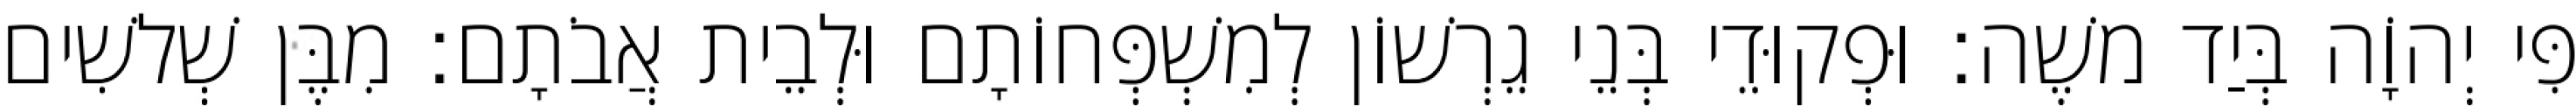
פִּי יְהוָֹה בְּיַד משֶׁה׃ וּפְקוּדֵי בְּנֵי גֵרְשׁוֹן לְמִשְׁפְּחוֹתָם וּלְבֵית אֲבֹתָם׃ מִבֶּן שְׁלשִׁים